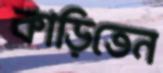
কাড়িতেন